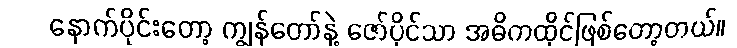
နောက်ပိုင်းတော့ ကျွန်တော်နဲ့ ဇော်ပိုင်သာ အဓိကထိုင်ဖြစ်တော့တယ်။